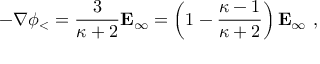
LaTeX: - \nabla \phi _ { < } = { \frac { 3 } { \kappa + 2 } } \mathbf { E } _ { \infty } = \left( 1 - { \frac { \kappa - 1 } { \kappa + 2 } } \right) \mathbf { E } _ { \infty } \ ,